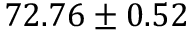
7 2 . 7 6 \pm 0 . 5 2